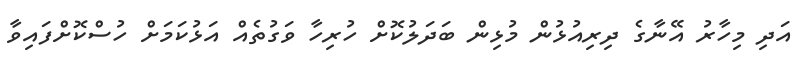
އަދި މިހާރު އޭނާގެ ދިރިއުޅުން މުޅިން ބަދަލުކޮށް ހުރިހާ ވަގުތެއް އަޅުކަމަށް ހުސްކޮށްފައިވާ